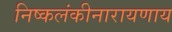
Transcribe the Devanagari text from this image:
निष्कलंकीनारायणाय